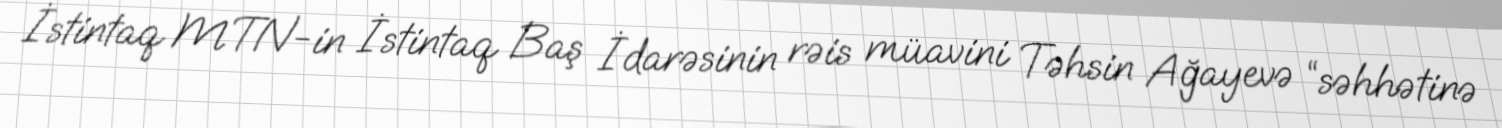
İstintaq MTN-in İstintaq Baş İdarəsinin rəis müavini Təhsin Ağayevə “səhhətinə